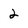
Character: 2